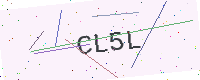
Text: CL5L